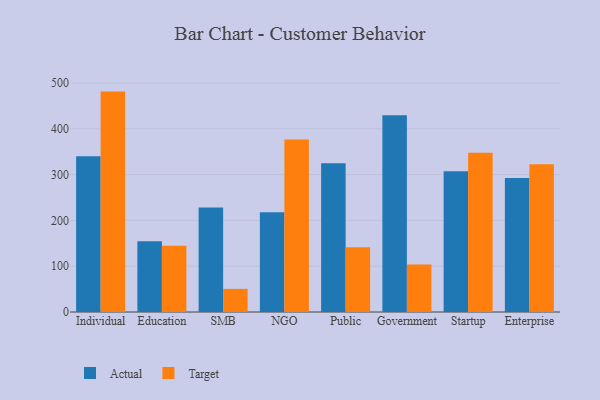
{"axis": {"x": "Segment", "y": "Demand Index"}, "legend": ["Actual", "Target"], "data": [{"x": "Individual", "y": 340.2, "type": "Actual"}, {"x": "Individual", "y": 481.2, "type": "Target"}, {"x": "Education", "y": 154.7, "type": "Actual"}, {"x": "Education", "y": 144.8, "type": "Target"}, {"x": "SMB", "y": 228.4, "type": "Actual"}, {"x": "SMB", "y": 50.5, "type": "Target"}, {"x": "NGO", "y": 218.0, "type": "Actual"}, {"x": "NGO", "y": 376.6, "type": "Target"}, {"x": "Public", "y": 324.6, "type": "Actual"}, {"x": "Public", "y": 141.2, "type": "Target"}, {"x": "Government", "y": 429.8, "type": "Actual"}, {"x": "Government", "y": 103.7, "type": "Target"}, {"x": "Startup", "y": 307.5, "type": "Actual"}, {"x": "Startup", "y": 347.7, "type": "Target"}, {"x": "Enterprise", "y": 292.3, "type": "Actual"}, {"x": "Enterprise", "y": 322.5, "type": "Target"}]}